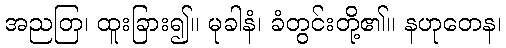
အညတြ၊ ထူးခြား၍။ မုခါနံ၊ ခံတွင်းတို့၏။ နဟုတေန၊